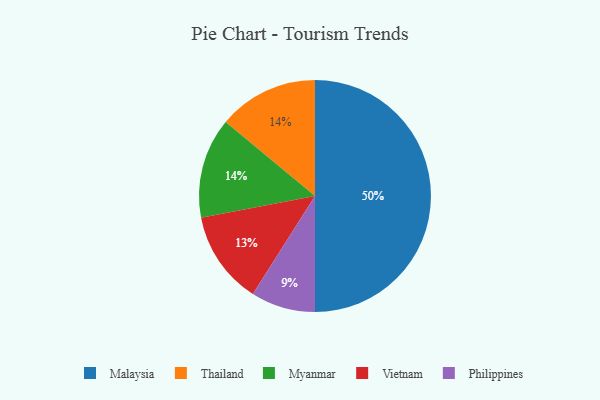
{"axis": {"x": "Category", "y": "Percentage"}, "legend": ["Malaysia", "Myanmar", "Philippines", "Thailand", "Vietnam"], "data": [{"x": "Vietnam", "y": 13, "type": "Vietnam"}, {"x": "Malaysia", "y": 50, "type": "Malaysia"}, {"x": "Philippines", "y": 9, "type": "Philippines"}, {"x": "Thailand", "y": 14, "type": "Thailand"}, {"x": "Myanmar", "y": 14, "type": "Myanmar"}]}